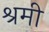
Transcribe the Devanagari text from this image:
श्रमी